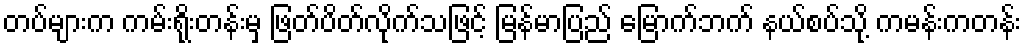
တပ်များက ကမ်းရိုးတန်းမှ ဖြတ်ပိတ်လိုက်သဖြင့် မြန်မာပြည် မြောက်ဘက် နယ်စပ်သို့ ကမန်းကတန်း